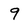
Character: 9